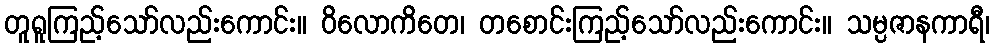
တူရူကြည့်သော်လည်းကောင်း။ ဝိလောကိတေ၊ တစောင်းကြည့်သော်လည်းကောင်း။ သမ္ပဇာနကာရီ၊